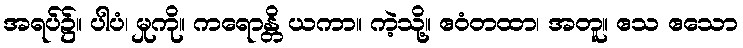
အရပ်၌။ ပါပံ၊ မှုကို။ ကရောန္တိ ယကာ။ ကဲ့သို့။ ဧဝံတထာ၊ အတူ။ ဧသ ဧသော